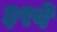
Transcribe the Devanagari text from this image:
३९वें